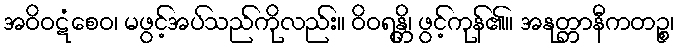
အဝိဝဋံစေဝ၊ မဖွင့်အပ်သည်ကိုလည်း။ ဝိဝရန္တိ၊ ဖွင့်ကုန်၏။ အနုတ္တာနီကတဉ္စ၊